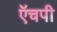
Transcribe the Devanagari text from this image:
ऍचपी